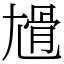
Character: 尳